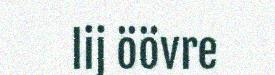
lij öövre